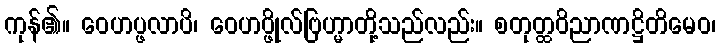
ကုန်၏။ ဝေဟပ္ဖလာပိ၊ ဝေဟပ္ဖိုလ်ဗြဟ္မာတို့သည်လည်း။ စတုတ္ထဝိညာဏဋ္ဌိတိမေဝ၊